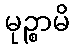
မုဉ္စာမိ